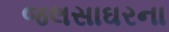
જલસાઘરના